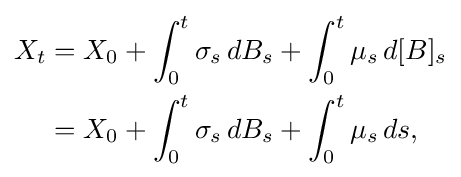
{\begin{aligned}X_{t}&=X_{0}+\int _{0}^{t}\sigma _{s}\,dB_{s}+\int _{0}^{t}\mu _{s}\,d[B]_{s}\\&=X_{0}+\int _{0}^{t}\sigma _{s}\,dB_{s}+\int _{0}^{t}\mu _{s}\,ds,\end{aligned}}